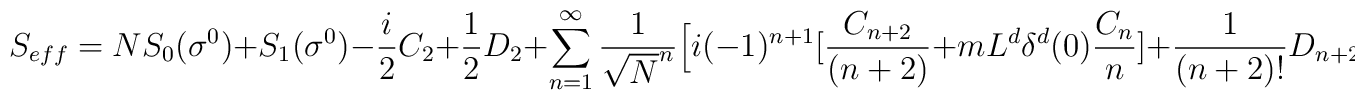
S_{eff}=NS_{0}(\sigma^{0})+S_{1}(\sigma^{0})-{i\over 2}C_{2}+{1\over 2}D_{2}+\sum_{n=1}^{\infty}{1\over\sqrt{N}^{n}}\Big[i(-1)^{n+1}[{C_{n+2}\over (n+2)} +mL^{d}\delta^{d}(0){C_{n}\over n}]+{1\over (n+2)!}D_{n+2}\Big]